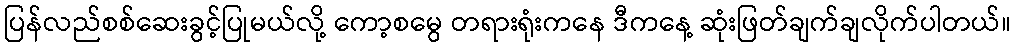
ပြန်လည်စစ်ဆေးခွင့်ပြုမယ်လို့ ကော့စမွေ တရားရုံးကနေ ဒီကနေ့ ဆုံးဖြတ်ချက်ချလိုက်ပါတယ်။